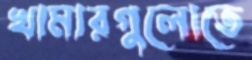
খামারগুলোতে